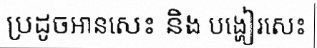
ប្រដូចអានសេះ និង បង្ហៀរសេះ